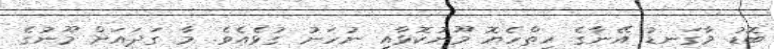
ބޮޑު މާގަނޑު އޭނާގެ ހިތްހެޔޮ މޫނުކޮޅާއި ނުހަނު ގުޅެއެވެ. މާ ގަދައަށް މޫނުގެ